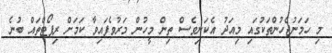
މި ހަމަނުޖެހުންތަކުގައި މިއަދު އެކަނިވެސް ތިން މީހުން މަރުވެފައިވާ ކަމަށް ރިޕޯޓްތައް ބުނެ